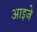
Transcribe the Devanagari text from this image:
आइजे